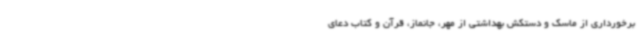
برخورداری از ماسک و دستکش بهداشتی از مهر، جانماز، قرآن و کتاب دعای